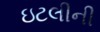
ઇટલીની